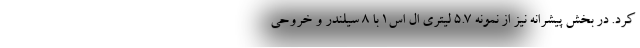
کرد. در بخش پیشرانه نیز از نمونه 5.7 لیتری ال اس1 با 8 سیلندر و خروحی